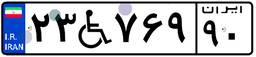
۲۳W۷۶۹۹۰